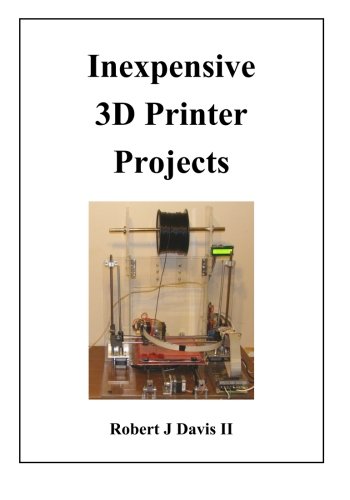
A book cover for Inexpensive 3D Printer Projects; Mr Robert J Davis II; Computers & Technology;